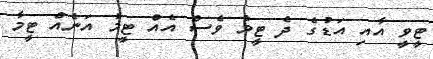
ޓީވީ އާއި އަޑުގެ ދެ ޓީމު ވެސް އެއް ޓީމު އަނެއް ޓީމާ